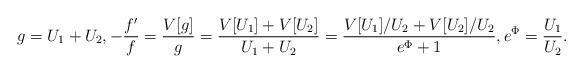
LaTeX: \begin{align*} g = U_1 + U_2, - \frac{f'}{f} = \frac{V[g]}g =\frac{V[U_1] + V[U_2]}{U_1+U_2} = \frac{ V[U_1]/U_2 + V[U_2]/U_2}{ e^\Phi + 1}, e^\Phi = \frac{U_1}{U_2} .\end{align*}